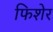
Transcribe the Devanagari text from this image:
फिशेर